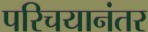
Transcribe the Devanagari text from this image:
परिचयानंतर